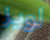
لويز